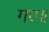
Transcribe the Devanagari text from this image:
गए॥